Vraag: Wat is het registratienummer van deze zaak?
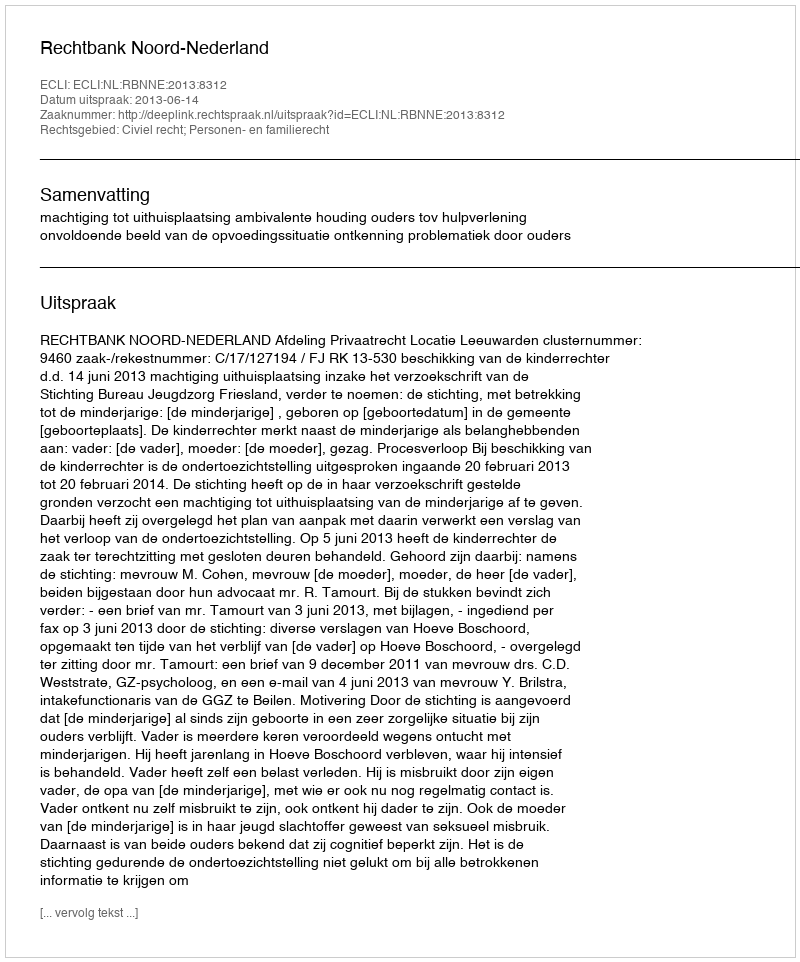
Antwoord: http://deeplink.rechtspraak.nl/uitspraak?id=ECLI:NL:RBNNE:2013:8312